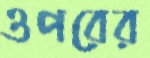
ওপরের